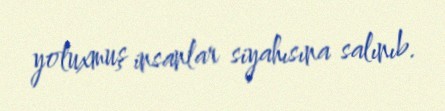
yoluxmuş insanlar siyahısına salınıb.